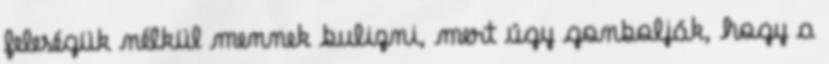
feleségük nélkül mennek bulizni, mert úgy gonbolják, hogy a